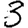
Digit: 3